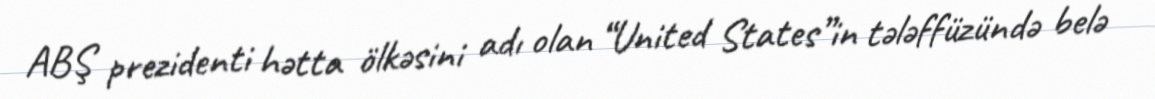
ABŞ prezidenti hətta ölkəsini adı olan “United States”in tələffüzündə belə